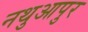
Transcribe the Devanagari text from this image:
नथुआपुर